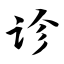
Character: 诊